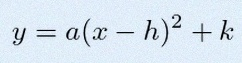
y=a(x-h)^2+k